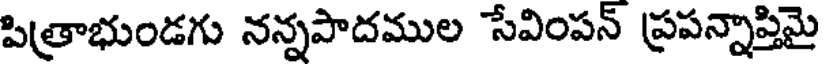
పిత్రాభుండగు నన్నపాదముల సేవింపన్ ప్రపన్నాప్తిమై